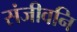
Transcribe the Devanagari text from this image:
संजीवनि